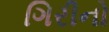
ગિરીનો